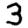
Digit: 3